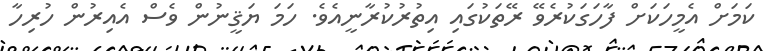
ކަމަށް އެމީހަކަށް ފާހަގަކުރެވޭ ރޭތަކުގައި އިތުރުކުރާނީއެވެ. ހަމަ ޔަޤީނުން ވެސް އެއިރުން ހުރިހާ